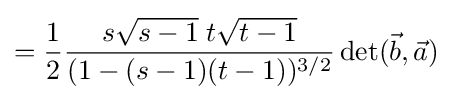
={\frac {1}{2}}{\frac {s{\sqrt {s-1}}\;t{\sqrt {t-1}}}{(1-(s-1)(t-1))^{3/2}}}\det({\vec {b}},{\vec {a}})\;